Report of the Municipal Commissioner on the plague in Bombay for the year ending 31st May... - Volume 1
Disease focus: Plague
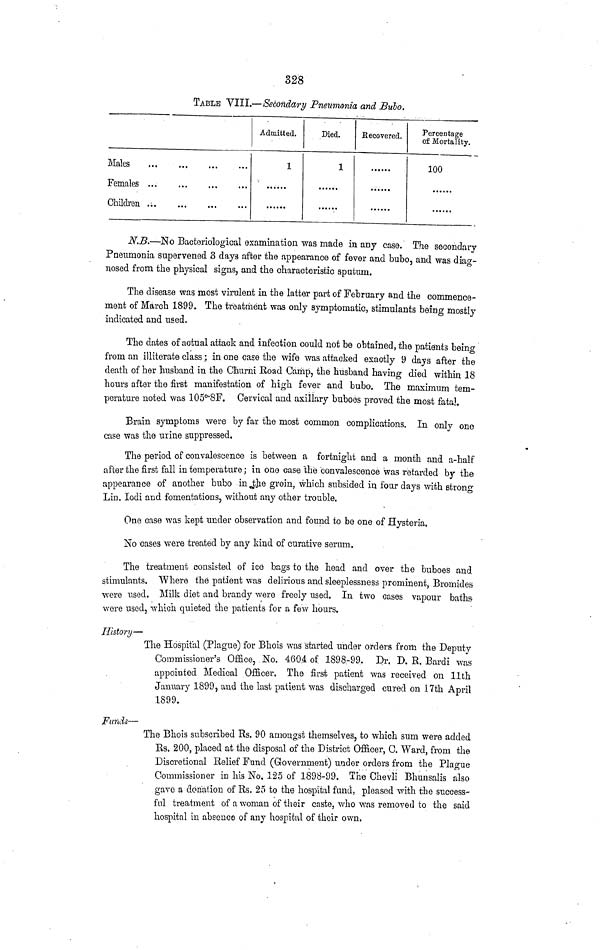
328
TABLE VIII.—Secondary Pneumonia and Bubo.
Males
Females
Children. .;
Admitted.
1
Died.
1
Be covered.
Percentage
of Mortality.
100
N.B.—No Bacteriological examination was made in any case. The secondary
Pneumonia supervened 3 days after the appearance of fever and bubo, and was diag-
nosed from the physical signs, and the characteristic sputum.
The disease was most virulent in the latter part of February and the commence-
ment of March 1899. The treatment was only symptomatic, stimulants being mostly
indicated and used.
The dates of actual attack and infection could not be obtained, the patients being
from an illiterate class; in one case the wife was attacked exactly 9 days after the
death of her husband in the Churni Road Camp, the husband having died within 18
hours after the first manifestation of high fever and bubo. The maximum tem-
perature noted was 105°'8F. Cervical and axillary buboes proved the most fatal.
Brain symptoms were by far the most common complications. In only one
case was the urine suppressed.
The period of convalescence is between a fortnight and a month and a-half
after the first fall in temperature; in one case the convalescence was retarded by the
appearance of another bubo in the groin, which subsided in four days with strong
Lin. lodi and fomentations, without any other trouble.
One case was kept under observation and found to be one of Hysteria.
No cases were treated by any kind of curative serum.
The treatment consisted of ice bags to the head and over the buboes and
stimulants. Where the patient was delirious and sleeplessness prominent, Bromides
•were used. Milk diet and brandy were freely used. In two cases vapour baths
were used, whicn quieted the patients for a few hours.
History—
The Hospital (Plague) for Bhois was started under orders from the Deputy
Commissioner's Office, No. 4604 of 1898-99. Dr. D. R. Bardi was
appointed Medical Officer. The first patient was received on llth
January 1899, and the last patient was discharged cured on 17th April
1899.
Funds—
The Bhois subscribed Rs. 90 amongst themselves, to which sum were added
Rs. 200, placed at the disposal of the District Officer, C. Ward, from the
Discretional Relief Fund (Government) under orders from the Plague
Commissioner in his No. 125 of 1898-99. The Chevli Bhunsalis also
gave a donation of Rs. 25 to the hospital fund, pleased with the success-
ful treatment of a woman of their caste, who was removed to the said
hospital in absence of any hospital of their own.